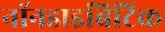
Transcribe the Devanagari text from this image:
नॉनडाइबिटिक